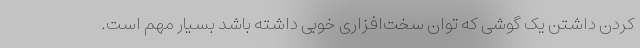
کردن داشتن یک گوشی که توان سخت‌افزاری خوبی داشته باشد بسیار مهم است.